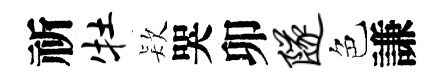
祈牡𣣇哭卯隧色謙